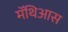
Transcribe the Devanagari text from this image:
मॅथिआस